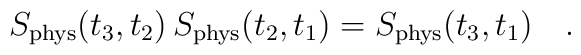
S_{\rm phys}(t_3,t_2)\,S_{\rm phys}(t_2,t_1)=S_{\rm phys}(t_3,t_1)\ \ \ .